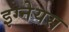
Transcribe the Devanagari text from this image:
इग्नेयस